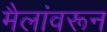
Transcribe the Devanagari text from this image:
मैलांवरून